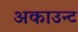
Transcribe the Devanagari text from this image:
अकाउन्ट